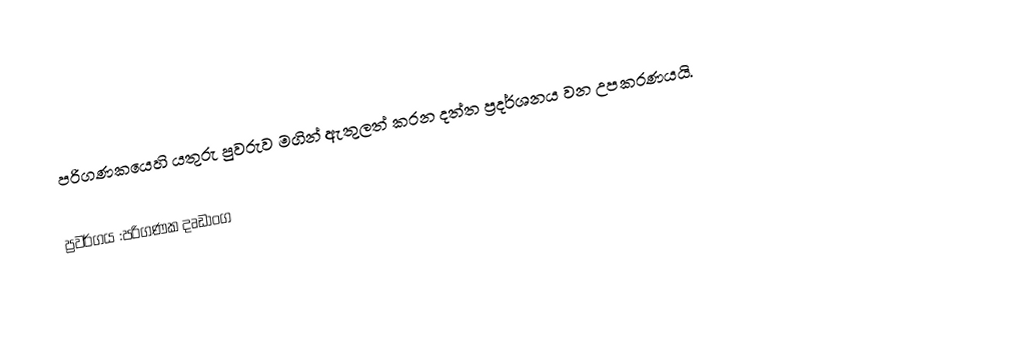
පරිගණකයෙහි යතුරු පුවරුව මගින් ඇතුලත් කරන දත්ත ප්‍රදර්ශනය වන උපකරණයයි.

ප්‍රවර්ගය :පරිගණක දෘඩාංග